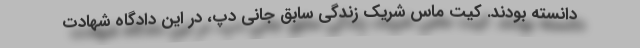
دانسته بودند. کیت ماس شریک زندگی سابق جانی دپ، در این دادگاه شهادت